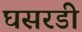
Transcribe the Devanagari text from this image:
घसरडी